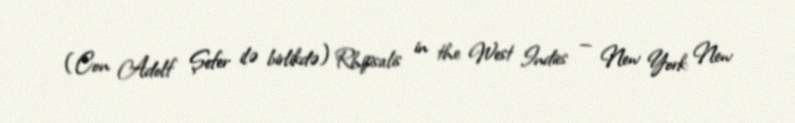
(Con Adolf Şefer ilə birlikdə) Rhipsalis in the West Indies — New York: New